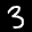
Label: 3